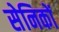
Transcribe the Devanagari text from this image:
सेनिकों